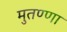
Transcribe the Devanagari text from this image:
मुतण्णा